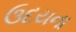
ઉદયના